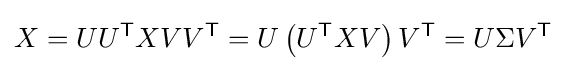
X=UU^{\mathsf {T}}XVV^{\mathsf {T}}=U\left(U^{\mathsf {T}}XV\right)V^{\mathsf {T}}=U\Sigma V^{\mathsf {T}}